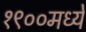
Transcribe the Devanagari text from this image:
१९००मध्ये